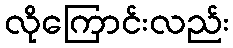
လိုကြောင်းလည်း